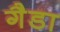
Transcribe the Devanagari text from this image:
गैडा